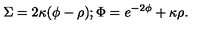
\Sigma = 2 \kappa ( \phi - \rho ) ; \Phi = e ^ { - 2 \phi } + \kappa \rho .